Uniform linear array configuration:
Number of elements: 8
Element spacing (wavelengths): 0.25
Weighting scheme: hann
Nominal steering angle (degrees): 45
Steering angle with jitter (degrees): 46.222
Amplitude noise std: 0.05
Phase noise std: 0.05

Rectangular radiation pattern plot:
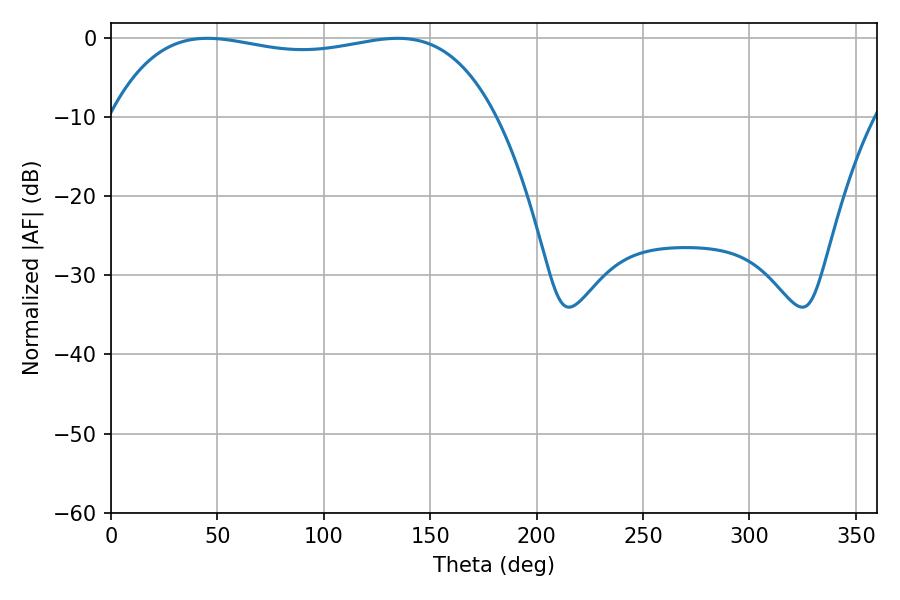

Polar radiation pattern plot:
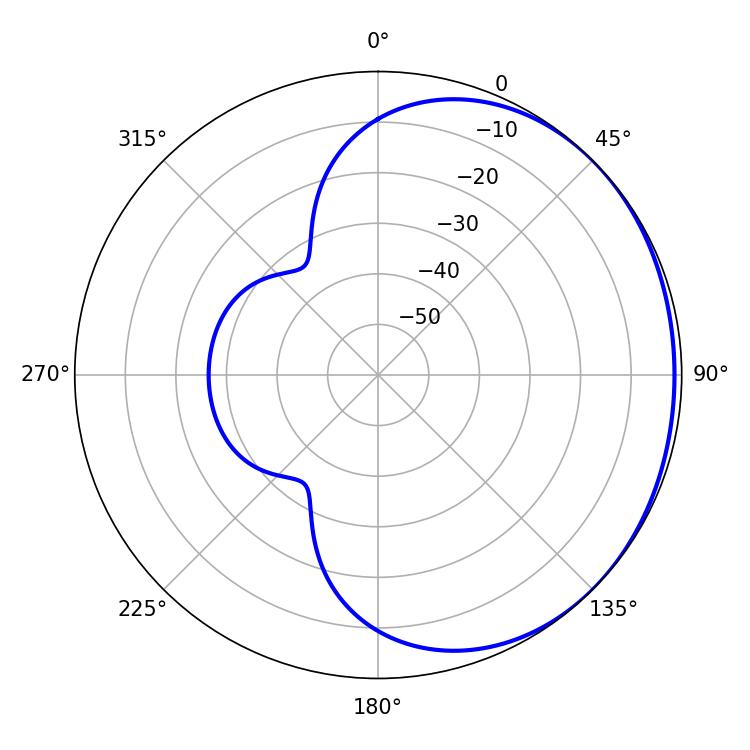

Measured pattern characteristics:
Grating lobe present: FALSE
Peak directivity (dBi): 0.8641
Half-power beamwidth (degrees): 145.8
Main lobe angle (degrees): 45.36